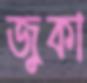
জুকা